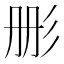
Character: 𮱹